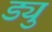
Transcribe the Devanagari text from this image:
ड्यु